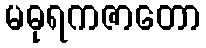
မဓုရကဇာတော